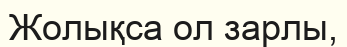
Жолықса ол зарлы,